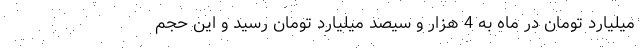
میلیارد تومان در ماه به 4 هزار و سیصد میلیارد تومان رسید و این حجم